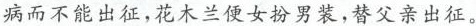
病而不能出征，花木兰便女扮男装，替父亲出征。